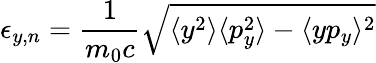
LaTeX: \epsilon_{y,n}=\frac{1}{m_{0}c}\sqrt{\langle y^{2}\rangle\langle p_{y}^{2}\rangle-\langle yp_{y}\rangle^{2}}